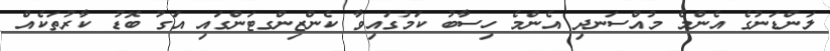
ލަންޑަނުގެ އެންމެ މުއްސަނދި އެންމެ ހިސާބު ކަމުގައިވާ ކެންޒިންގޓަންގައި އަގު ބޮޑު ކާރުތަކެއް